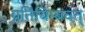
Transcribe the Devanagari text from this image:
प्रतिबिम्बवत्